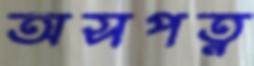
অসপত্ন